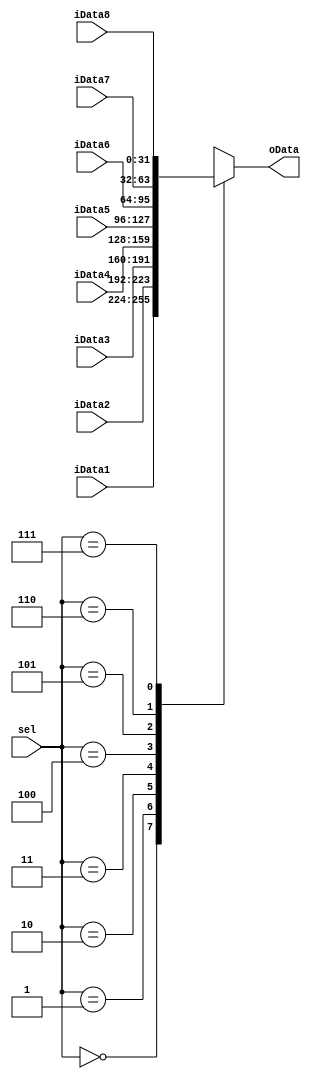
`timescale 1ns / 1ps
//////////////////////////////////////////////////////////////////////////////////
// Company: 
// Engineer: 
// 
// Design Name: 
// Module Name: mux2_1
// Project Name: 
// Target Devices: 
// Tool Versions: 
// Description: 
// 
// Dependencies: 
// 
// Revision:
// Revision 0.01 - File Created
// Additional Comments:
// 
//////////////////////////////////////////////////////////////////////////////////


module Mux8_1(
    input [31:0] iData1,
    input [31:0] iData2,
    input [31:0] iData3,
    input [31:0] iData4,
    input [31:0] iData5,
    input [31:0] iData6,
    input [31:0] iData7,
    input [31:0] iData8,
    input [2:0] sel,
    output reg [31:0] oData
    );
    always @(*) begin
        case(sel)
            0: oData = iData1;
            1: oData = iData2;
            2: oData = iData3;
            3: oData = iData4;
            4: oData = iData5;
            5: oData = iData6;
            6: oData = iData7;
            7: oData = iData8;    
        endcase
    end
endmodule